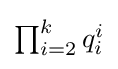
\textstyle \prod _{i=2}^{k}q_{i}^{i}